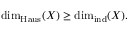
\dim _ { \mathrm { H a u s } } ( X ) \geq \dim _ { \operatorname { i n d } } ( X ) .